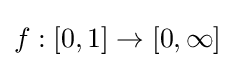
f:[0,1]\rightarrow [0,\infty ]